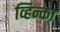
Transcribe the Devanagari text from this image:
व्हिन्का